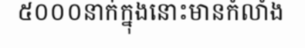
៥០០០នាក់ក្នុងនោះមានកំលាំង